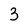
Character: 3